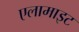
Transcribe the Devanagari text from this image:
एलामाइट